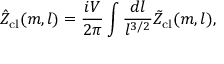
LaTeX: \hat { \cal Z } _ { \mathrm { c l } } ( m , l ) = \frac { i V } { 2 \pi } \int \frac { d l } { l ^ { 3 / 2 } } \tilde { \cal Z } _ { \mathrm { c l } } ( m , l ) ,